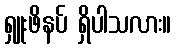
ရှူးဖိနပ် ရှိပါသလား။